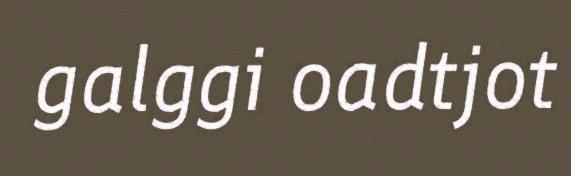
galggi oadtjot